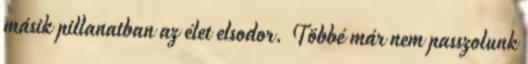
másik pillanatban az élet elsodor. Többé már nem passzolunk